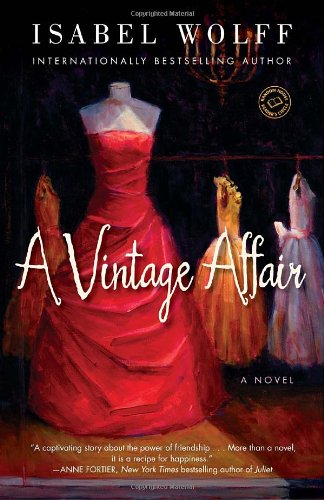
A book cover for A Vintage Affair: A Novel (Random House Reader's Circle); Isabel Wolff; Literature & Fiction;